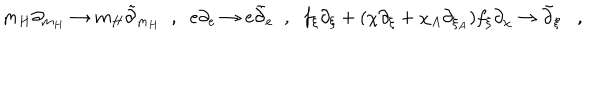
m _ { H } \partial _ { m _ { H } } \rightarrow m _ { H } \tilde { \partial } _ { m _ { H } } \; \; , \; \; e \partial _ { e } \rightarrow e \tilde { \partial } _ { e } \; \; , \; \; f _ { \xi } \partial _ { \xi } + ( \chi \partial _ { \xi } + \chi _ { A } \partial _ { \xi _ { A } } ) f _ { \xi } \partial _ { \chi } \rightarrow \tilde { \partial } _ { \xi } ,